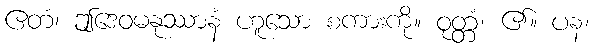
ဧတံ၊ ဤဒေဝမနုဿာနံ ဟူသော စကားကို။ ဝုတ္တံ၊ ၏။ ပန၊